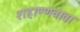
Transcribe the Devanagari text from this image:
शहाण्णवावा